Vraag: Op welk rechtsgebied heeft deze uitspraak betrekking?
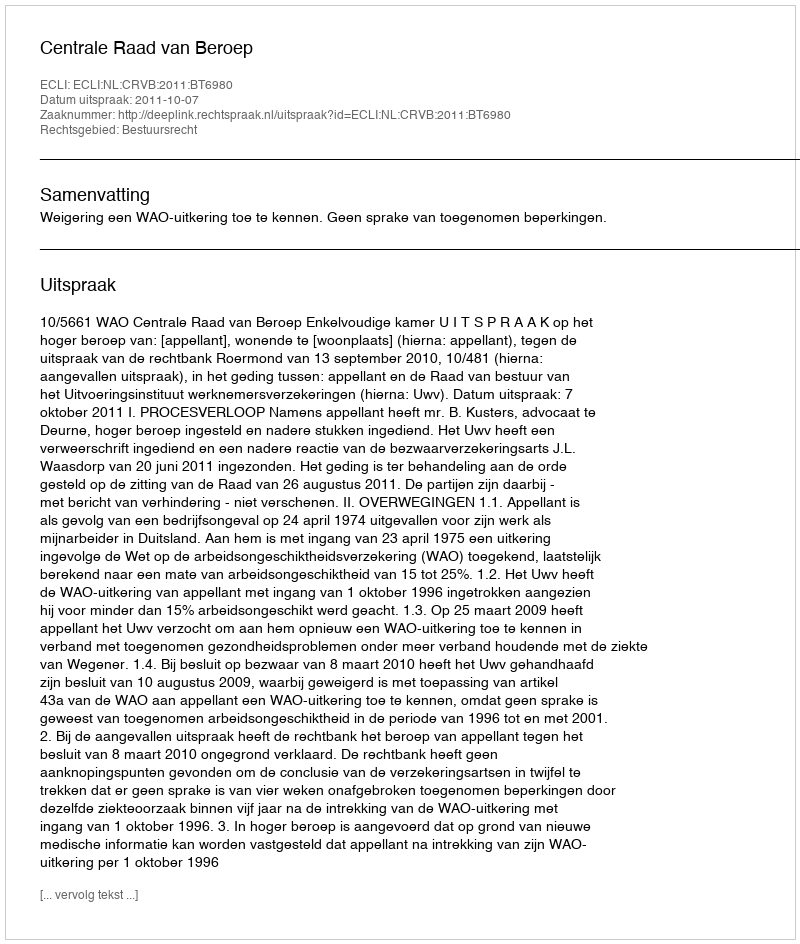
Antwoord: Bestuursrecht